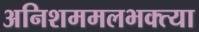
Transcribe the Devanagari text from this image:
अनिशममलभक्त्या